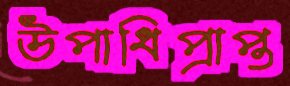
উপাধিপ্রাপ্ত